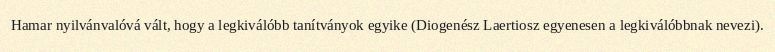
Hamar nyilvánvalóvá vált, hogy a legkiválóbb tanítványok egyike (Diogenész Laertiosz egyenesen a legkiválóbbnak nevezi).